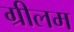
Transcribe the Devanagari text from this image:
ग्रीलम